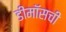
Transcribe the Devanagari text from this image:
डीमॉसची